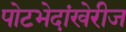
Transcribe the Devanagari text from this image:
पोटभेदांखेरीज